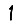
Digit: 1